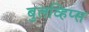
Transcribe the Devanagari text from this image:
बुलव्हिप्स